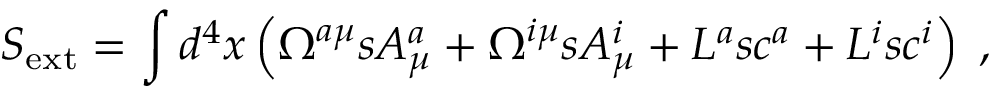
S _ { \mathrm { e x t } } = \int d ^ { 4 } x \left( \Omega ^ { a \mu } s A _ { \mu } ^ { a } + \Omega ^ { i \mu } s A _ { \mu } ^ { i } + L ^ { a } s c ^ { a } + L ^ { i } s c ^ { i } \right) \; ,